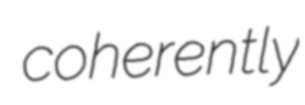
coherently